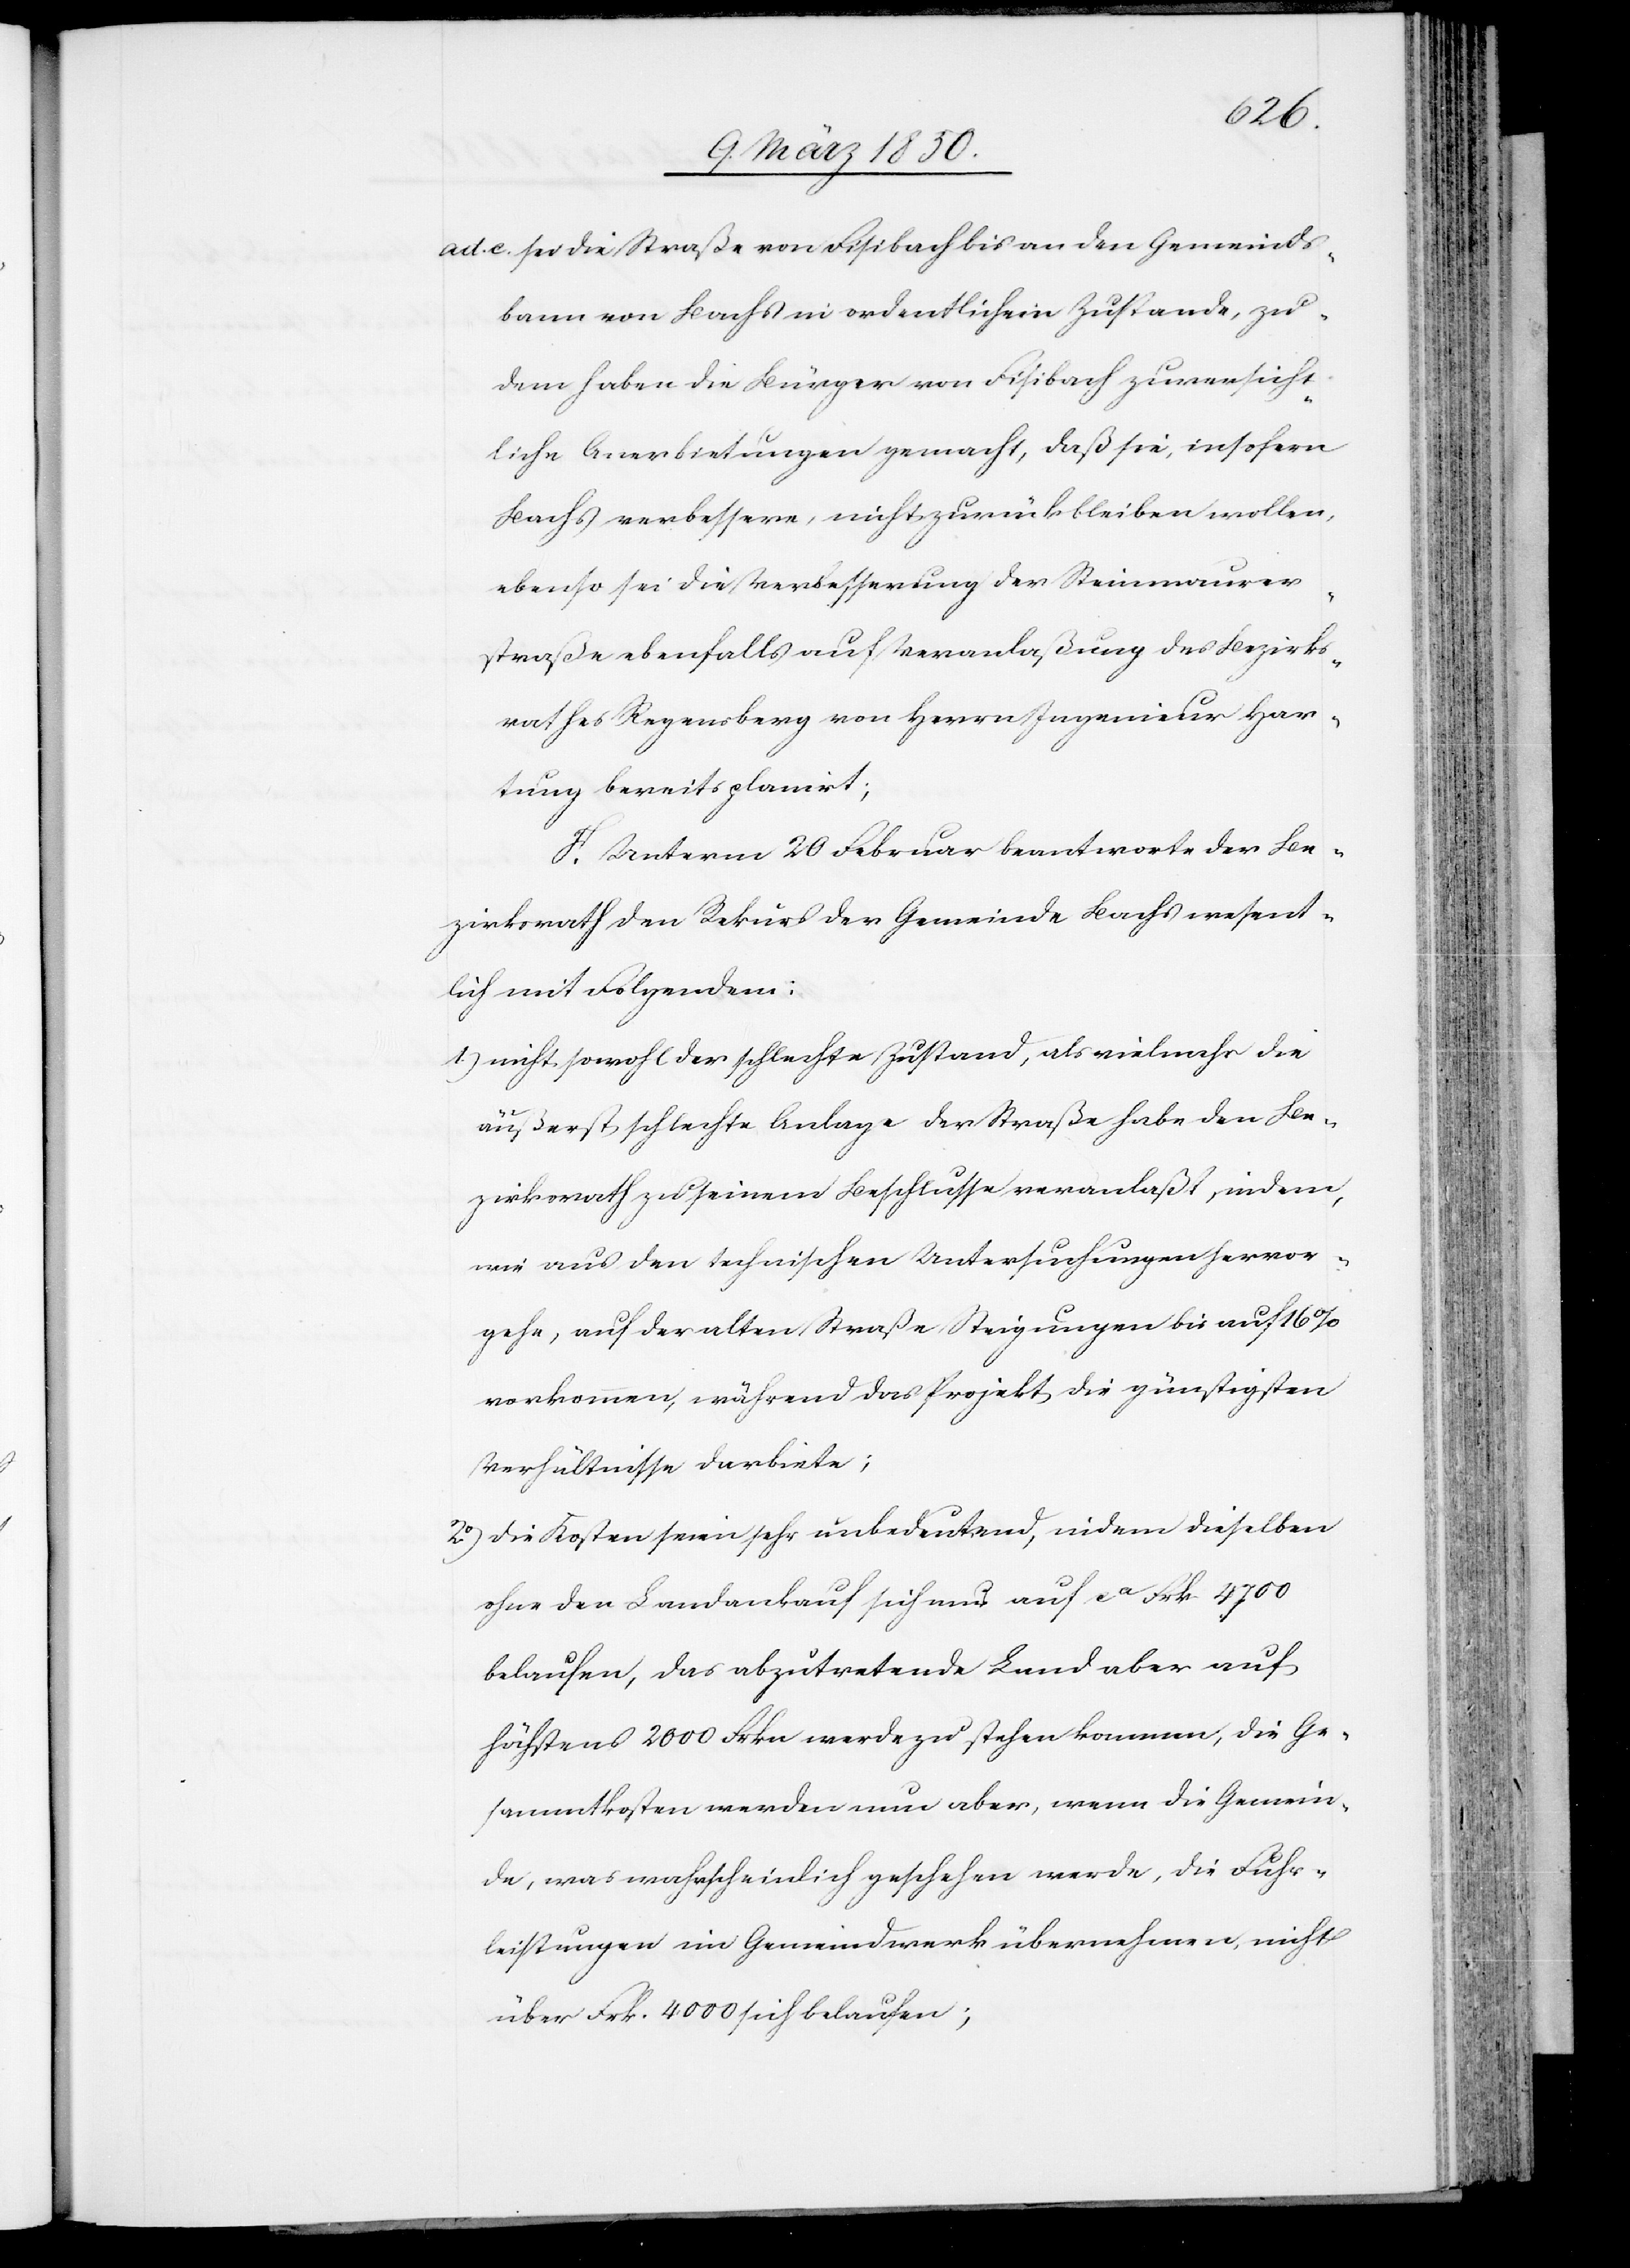
ad. c. sei die Straße von Fisibach bis an den Gemeinds¬
bann von Bachs in ordentlichem Zustande, zu¬
dem haben die Bürger von Fisibach zuversicht¬
liche Anerbietungen gemacht, daß sie, insofern
Bachs verbessere, nicht zurückbleiben wollen,
ebenso sei die Verbesserung der Steinmaurer¬
straße ebenfalls auf Veranlaßung des Bezirks¬
rathes Regensberg von Herrn Ingenieur Har¬
tung bereits planirt;
F. Unterm 20 Februar beantworte der Be¬
zirksrath den Rekurs der Gemeinde Bachs wesent¬
lich mit Folgendem:
1.) nicht sowohl der schlechte Zustand, als vielmehr die
äußerst schlechte Anlage der Straße habe den Be¬
zirksrath zu seinem Beschlusse veranlaßt, indem,
wie aus den technischen Untersuchungen hervor¬
gehe, auf der alten Straße Steigungen bis auf 16%
vorkommen, während das Projekt die günstigsten
Verhältnisse darbiete;
2o) Die Kosten seien sehr unbedeutend, indem dieselben
ohne den Landankauf sich nur auf ca Frk 4700
belaufen, das abzutretende Land aber auf
höchstens 2000 Frkn werde zu stehen kommen; die Ge¬
sammtkosten werden nun aber, wenn die Gemein¬
de, was wahrscheinlich geschehen werde, die Fuhr¬
leistungen im Gemeindwerk übernehmen, nicht
über Frk. 4000 sich belaufen;